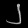
Digit: ၂